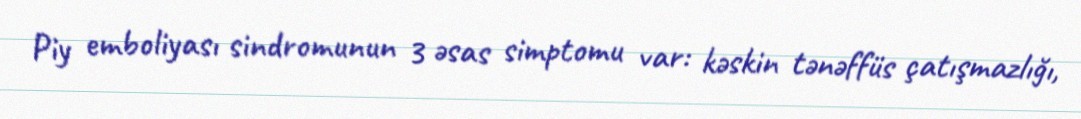
Piy emboliyası sindromunun 3 əsas simptomu var: kəskin tənəffüs çatışmazlığı,